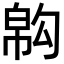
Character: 𢄇